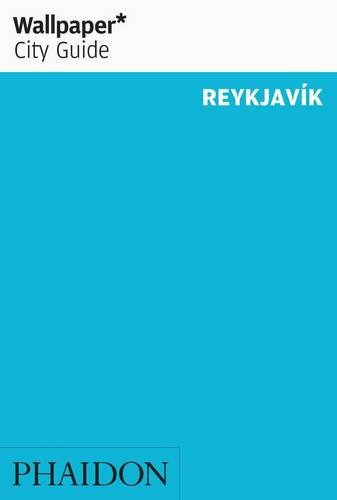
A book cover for Wallpaper* City Guide Reykjavik 2013; Travel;